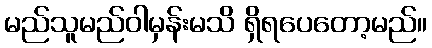
မည်သူမည်ဝါမှန်းမသိ ရှိရပေတော့မည်။